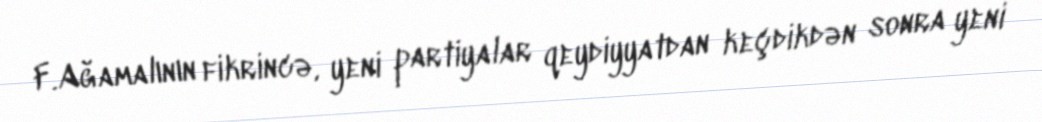
F.Ağamalının fikrincə, yeni partiyalar qeydiyyatdan keçdikdən sonra yeni